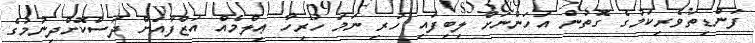
ފަންޑިތަވެރިކަމުގެ ގޮތުން އަހަންނަށް ލިބިފައި ހުރި ނަމަ ހުރިހާ ޢިލްމެއް އަޒްފާއަށް ދަސްކޮށްދިނުމުގެ